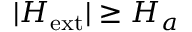
| H _ { \mathrm { e x t } } | \geq H _ { a }